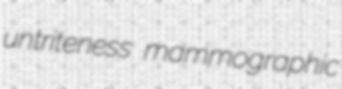
untriteness mammographic